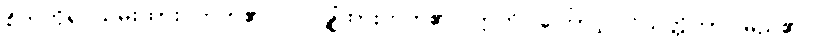
စိတ်ကိုရုပ်သိမ်းထား တတ်၏။ ဝါ၊ ချုံ့ထားတတ်၏။ ဣတိ၊ ကြောင့်။ ဝိသတ္တိကာ၊ မည်၏။